Lunatic asylums Punjab 1911-1921 - 1911-1921
Year: 1911
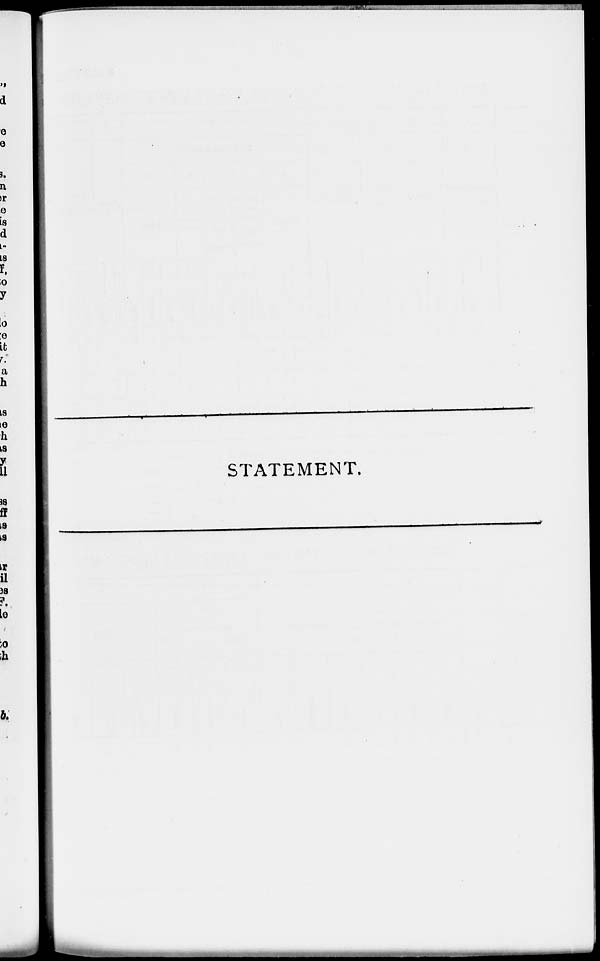
STATEMENT.